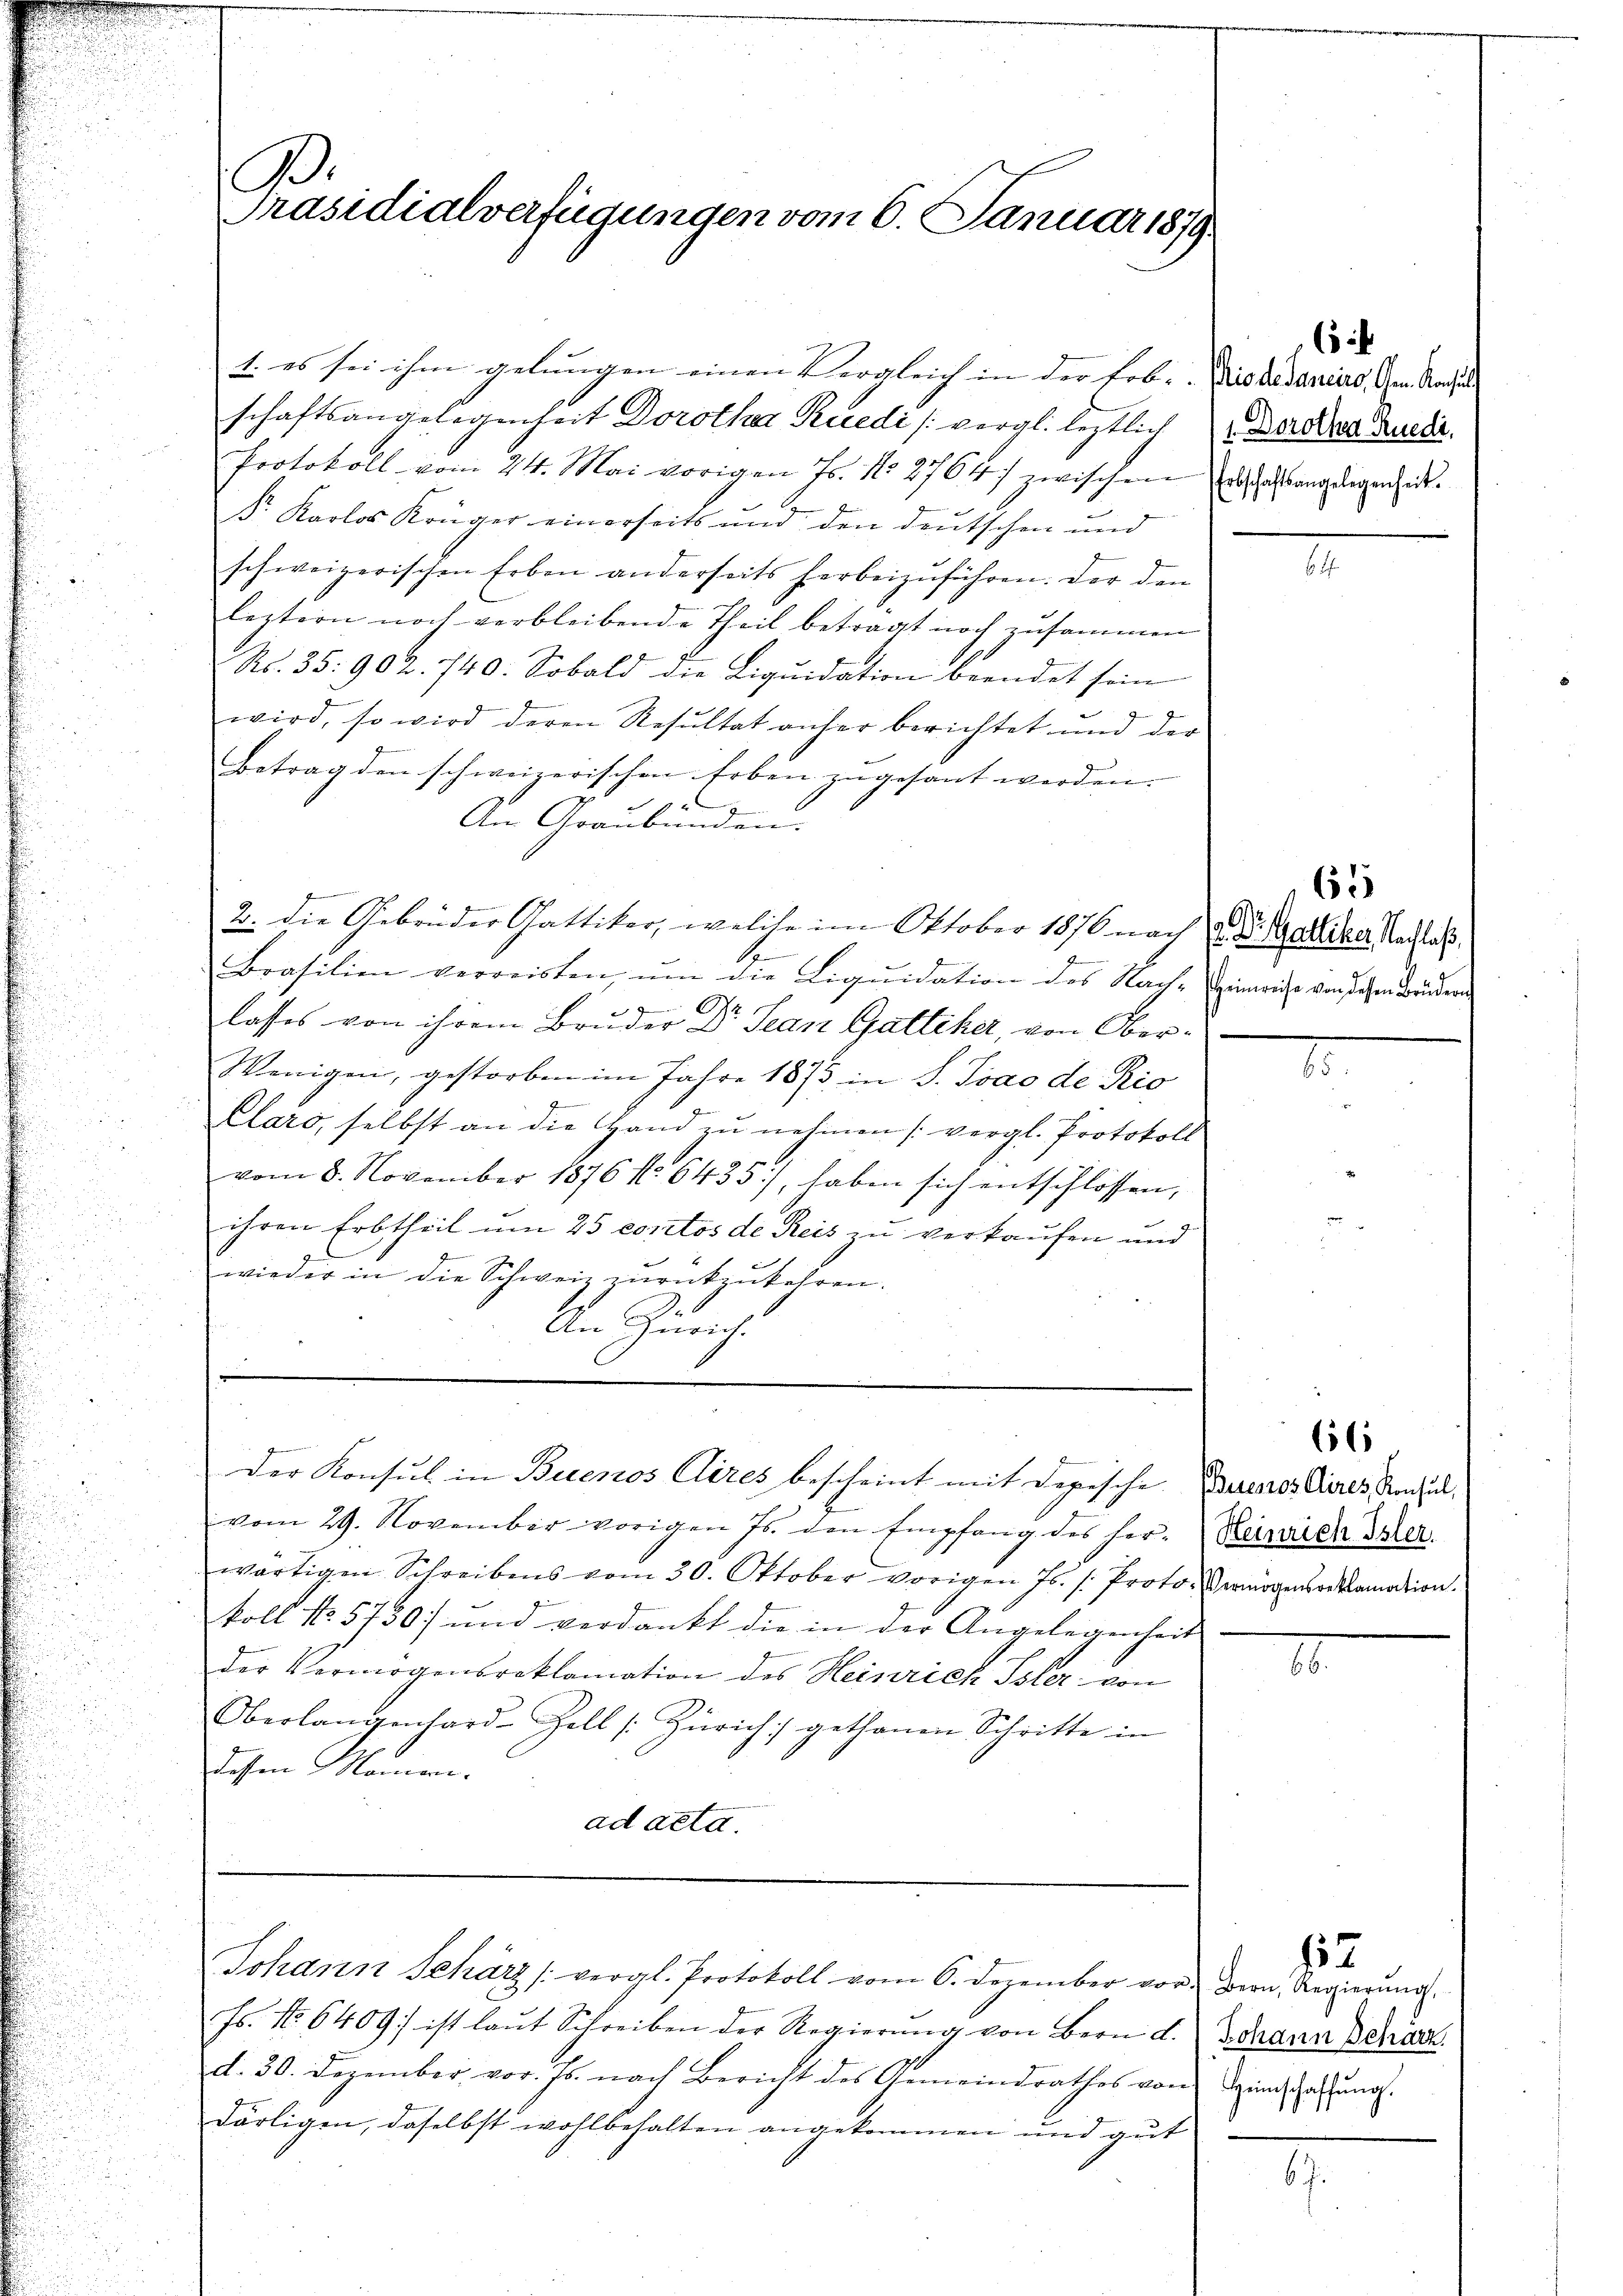
1
Präsidialverfügungen vom 6. Januar 1879

1. es sei ihm gelungen einen Vergleich in der Fob. Die di danias. Am Ansiede
schaftsangelegenheit Dorotha Rüedi [vergl. leztlich Dordrer Brueda.
Protokoll vom 24. Mai vorigen Js. No 2764) zwischen erstellung diegeneide.
Dr. Karlos Krüger einerseits und den deutschen und
schweizerischen Erben anderseits herbeizuführen. Der den
leztern noch verbleibende Theil betragt noch zusammen
R. 35: 902. 740. Sobald die Liquidation beendet sein
wird, so wird deren Resultat anher berichtet und der
Betrag den schweizerischen Erben zugesant werden. |
C
An Graubünden.
2. die Gebrüder Gattiker, welche im Oktober 1876 nach
b
Brasilien verreisten, ŭm die Liquidation des Nach-Heinricht von desen Brudern
lasses von ihrem Bruder Dr Scan Gattiker, von Ober¬
Wenigen, gestorben im Jahre 1873 in S. Trao de Ric
Plaro, selbst an die Hand zu nehmen (vergl. Protokoll
vom 8. November 1876 No 6435/ haben sich entschlossen,
ihren Erbtheil um 25 contos de Reis zu verkaufen und
wieder in die Schweiz zurückzukehren.
An Zürich.

g
vom 29. November vorigen Js. den Empfang des herwärtigen Schreibens vom 30. Oktober vorigen Js. /: Proto- Vermögenserklamation.
koll No. 5730) und verdankt die in der Angelegenheit
der Vermögensreklamation des Heinrich Isler von
Oberlangenhard-Zell /: Zürich :/ gethanen Schritte in
dessen Momen.
ad acta.

Der Konsul in Buenos Aires bescheint mit Depesche Buenos Aires And

6

Johann Scharz (vergl. Protokoll vom 6. Dezember vor Bern, Regierung
Fs. No. 6409 ist laŭt Schreiben der Regierŭng von Bern d. Johann Schar
d. 30. Dezember vor. Js. nach Bericht des Gemeindrathes von in Haftung.
därligen, daselbst wohlbehalten angekommen und gut

E

61
.
. Dr. Gattiker, Nachlaß,

66

Heinrich Isler.

12